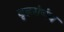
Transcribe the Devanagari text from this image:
दृढसंबंध